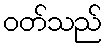
ဝတ်သည်